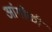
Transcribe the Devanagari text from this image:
आंगोळी